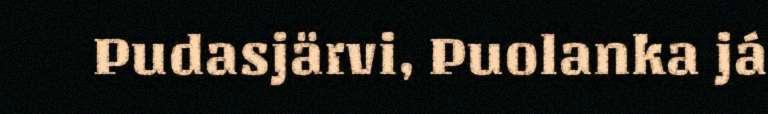
Pudasjärvi, Puolanka já